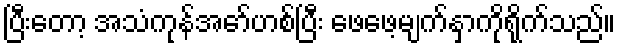
ပြီးတော့ အသံကုန်အော်ဟစ်ပြီး ဖေဖေ့မျက်နှာကိုရိုက်သည်။